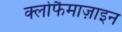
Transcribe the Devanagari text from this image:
क्लोफैमाज़ाइन